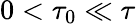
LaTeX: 0<\tau_{0}\ll\tau